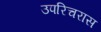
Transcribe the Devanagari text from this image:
उपरिचरास